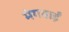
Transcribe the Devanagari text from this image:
मंगवाईं